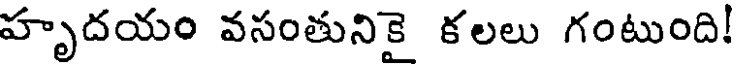
హృదయం వసంతునికై కలలు గంటుంది!